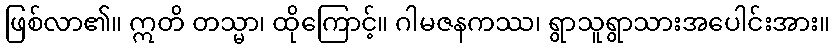
ဖြစ်လာ၏။ ဣတိ တသ္မာ၊ ထိုကြောင့်။ ဂါမဇနကဿ၊ ရွာသူရွာသားအပေါင်းအား။